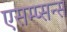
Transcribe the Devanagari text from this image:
एसम्प्सन्स